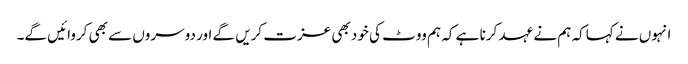
انہوں نے کہاکہ ہم نے عہد کرنا ہے کہ ہم ووٹ کی خود بھی عزت کریں گے اور دوسروں سے بھی کروائیں گے۔